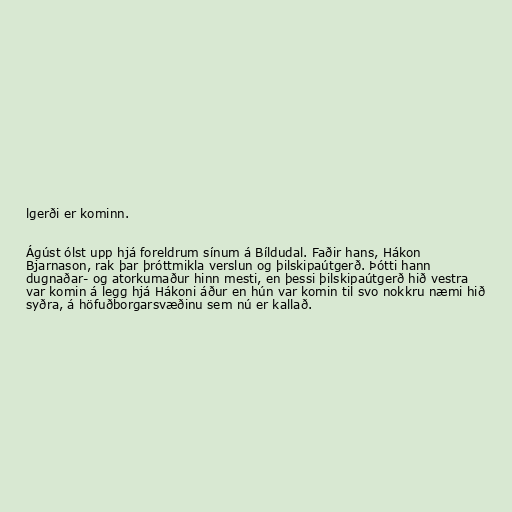
lgerði er kominn.

Ágúst ólst upp hjá foreldrum sínum á Bíldudal. Faðir hans, Hákon
Bjarnason, rak þar þróttmikla verslun og þilskipaútgerð. Þótti hann
dugnaðar- og atorkumaður hinn mesti, en þessi þilskipaútgerð hið vestra
var komin á legg hjá Hákoni áður en hún var komin til svo nokkru næmi hið
syðra, á höfuðborgarsvæðinu sem nú er kallað.